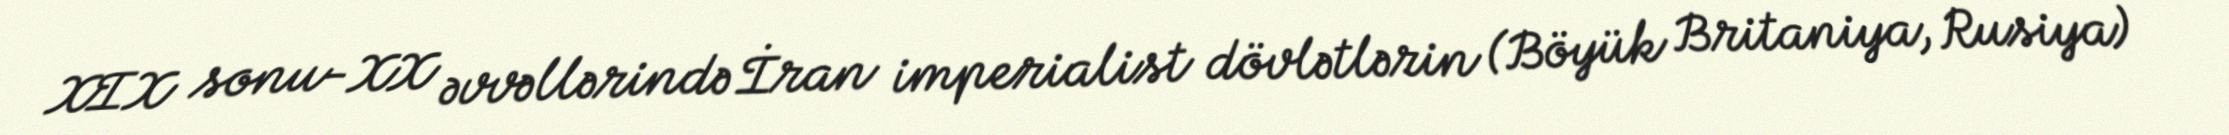
XIX sonu-XX əvvəllərində İran imperialist dövlətlərin (Böyük Britaniya, Rusiya)